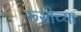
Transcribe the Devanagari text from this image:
रूसोच्या